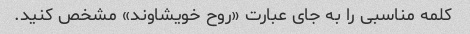
کلمه مناسبی را به جای عبارت «روح خویشاوند» مشخص کنید.